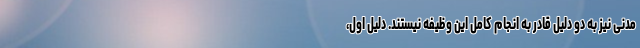
مدنی نیز به دو دلیل قادر به انجام کامل این وظیفه نیستند. دلیل اول،